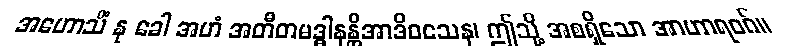
အဟောသိံ နု ခေါ အဟံ အတီတမဒ္ဓါနန္တိအာဒိဝသေန၊ ဤသို့ အစရှိသော အာဟာရဝဂ်။